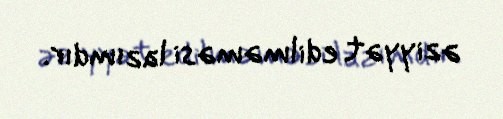
əziyyət edilməməsi lazımdır.